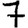
Digit: 7